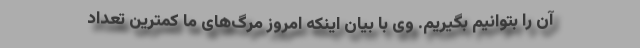
آن را بتوانیم بگیریم. وی با بیان اینکه امروز مرگ‌های ما کمترین تعداد